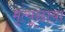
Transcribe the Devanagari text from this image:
मृत्यूछाया